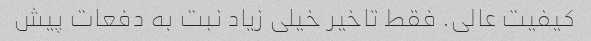
کیفیت عالی. فقط تاخیر خیلی زیاد نبت به دفعات پیش